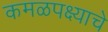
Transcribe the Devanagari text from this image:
कमळपक्ष्याचे